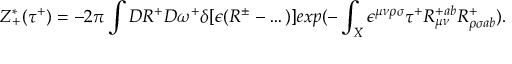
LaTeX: Z _ { + } ^ { * } ( \tau ^ { + } ) = - 2 \pi \int { \cal D } R ^ { + } { \cal D } \omega ^ { + } \delta [ \epsilon ( R ^ { \pm } - \dots ) ] e x p ( - \int _ { X } \epsilon ^ { \mu \nu \rho \sigma } \tau ^ { + } R _ { \mu \nu } ^ { + a b } R _ { \rho \sigma a b } ^ { + } ) .